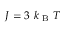
J = 3 \mathrm { ~ } k _ { \mathrm { ~ B ~ } } T